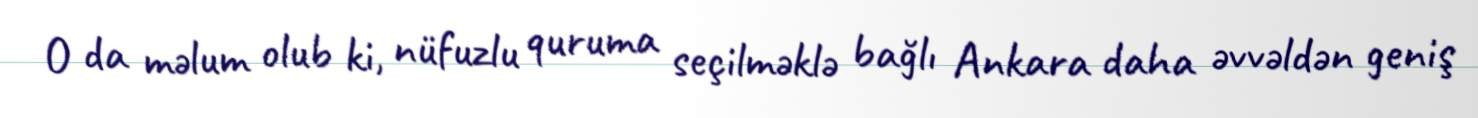
O da məlum olub ki, nüfuzlu quruma seçilməklə bağlı Ankara daha əvvəldən geniş